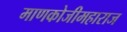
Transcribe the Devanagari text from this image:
माणकोजीमहाराज